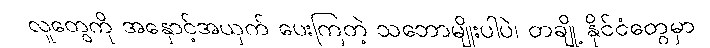
လူတွေကို အနှောင့်အယှက် ပေးကြတဲ့ သဘောမျိုးပါပဲ၊ တချို့ နိုင်ငံတွေမှာ